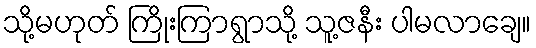
သို့မဟုတ် ကြိုးကြာရွာသို့ သူ့ဇနီး ပါမလာချေ။